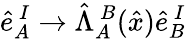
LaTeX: \hat{e}_{A}^{\ I}\rightarrow\hat{\Lambda}_{A}^{\ B}(\hat{x})\hat{e}_{B}^{\ I}